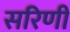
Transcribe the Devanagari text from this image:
सरिणी